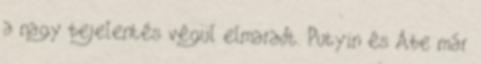
a nagy bejelentés végül elmaradt. Putyin és Abe már